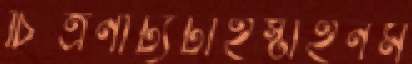
চিত্রনাট্যটাইস্টাইনম